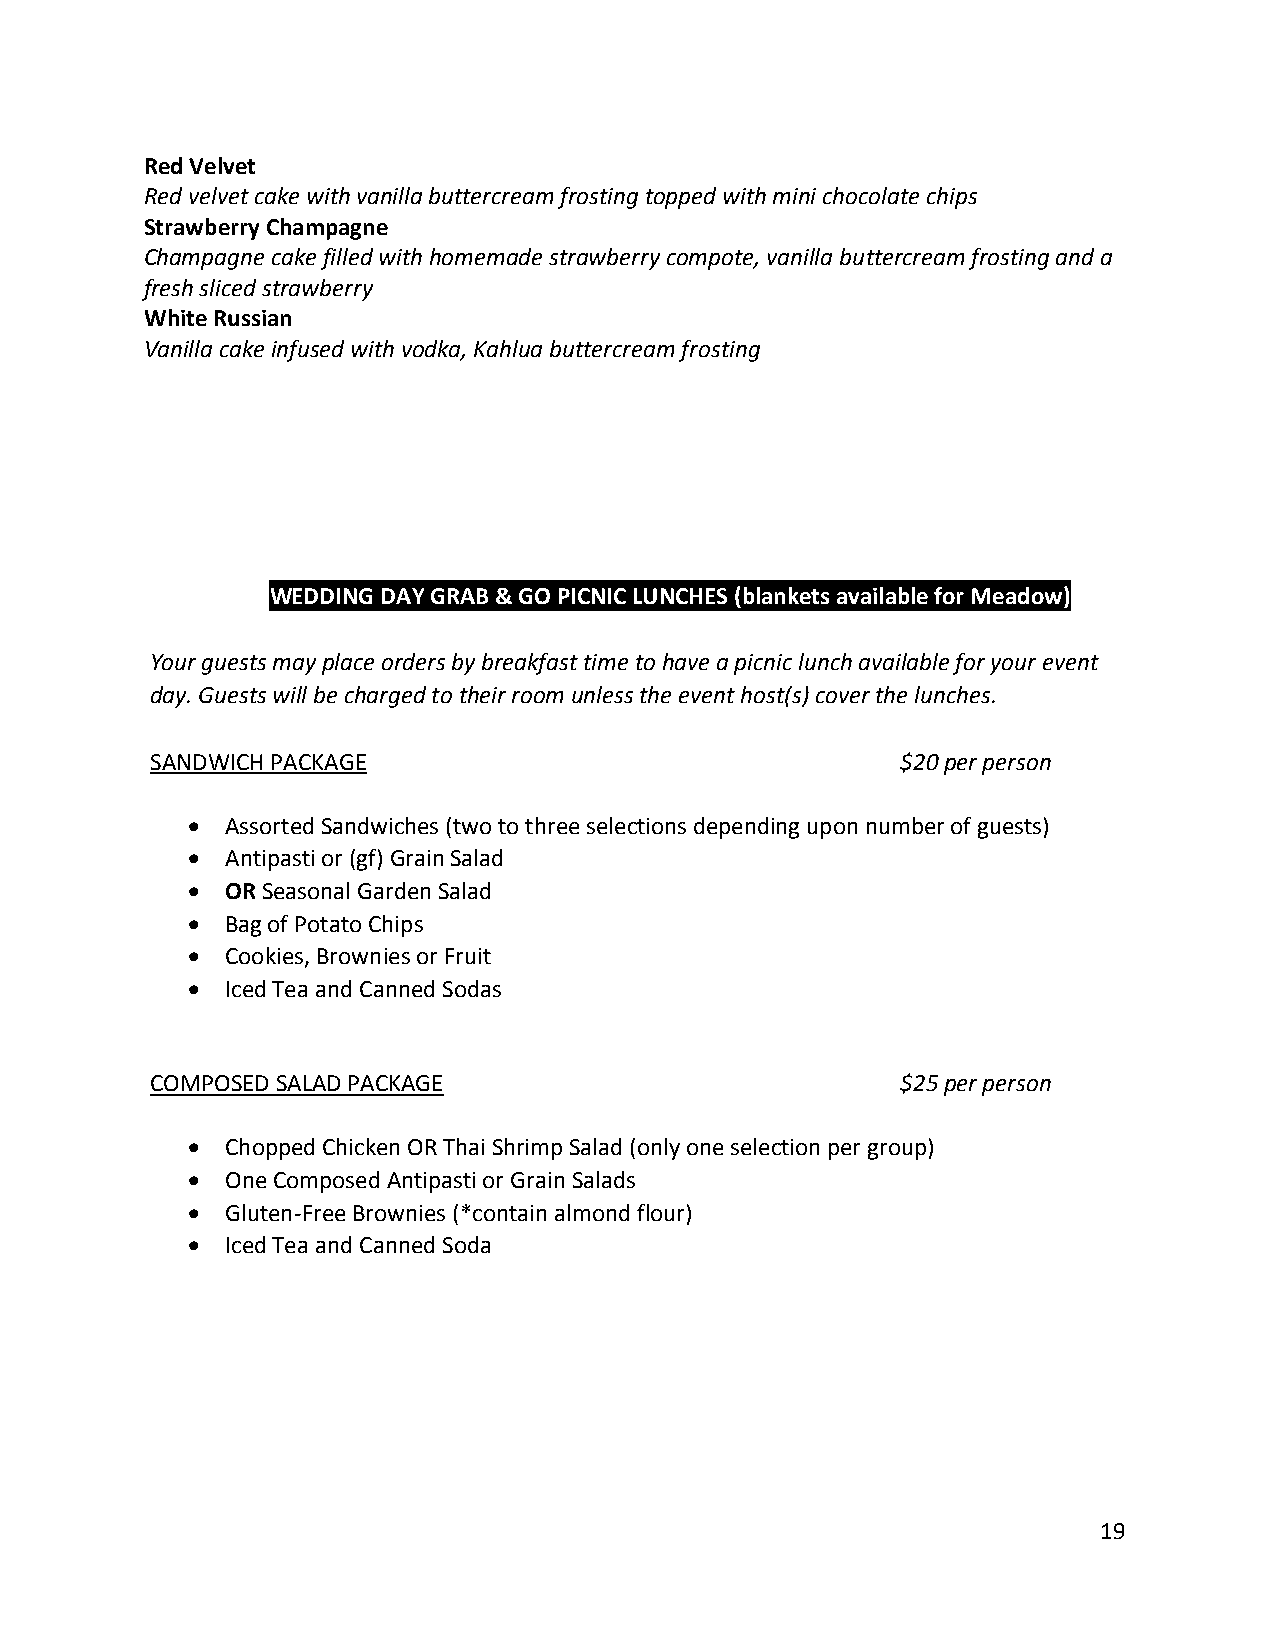
Red Velvet
 Red velvet cake with vanilla buttercream frosting topped with mini chocolate chips
 Strawberry Champagne
 Champagne cake filled with homemade strawberry compote, vanilla buttercream frosting and a
 fresh sliced strawberry
 White Russian
 Vanilla cake infused with vodka, Kahlua buttercream frosting
 WEDDING DAY GRAB & GO PICNIC LUNCHES (blankets available for Meadow)
 Your guests may place orders by breakfast time to have a picnic lunch available for your event
 day. Guests will be charged to their room unless the event host(s) cover the lunches.
 SANDWICH PACKAGE                                  $20 per person
 •  Assorted Sandwiches (two to three selections depending upon number of guests)
 •  Antipasti or (gf) Grain Salad
 •  OR Seasonal Garden Salad
 •  Bag of Potato Chips
 •  Cookies, Brownies or Fruit
 •  Iced Tea and Canned Sodas
 COMPOSED SALAD PACKAGE                            $25 per person
 •  Chopped Chicken OR Thai Shrimp Salad (only one selection per group)
 •  One Composed Antipasti or Grain Salads
 •  Gluten-Free Brownies (*contain almond flour)
 •  Iced Tea and Canned Soda
 19